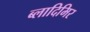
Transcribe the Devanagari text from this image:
ब्लादिमिर